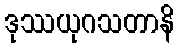
ဒုဿယုဂသတာနိ